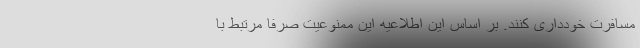
مسافرت خودداری کنند. بر اساس این اطلاعیه این ممنوعیت صرفاً مرتبط با